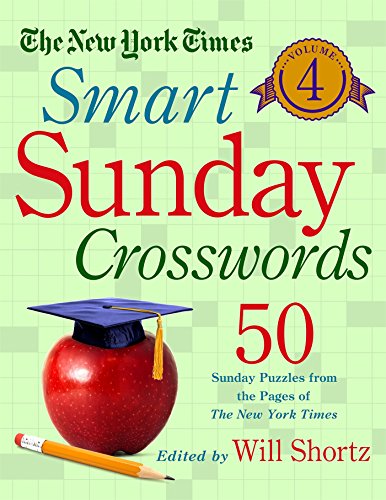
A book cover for The New York Times Smart Sunday Crosswords Volume 4: 50 Sunday Puzzles from the Pages of The New York Times; The New York Times; Humor & Entertainment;